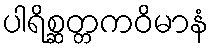
ပါရိစ္ဆတ္တကဝိမာနံ